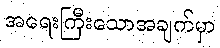
အရေးကြီးသောအချက်မှာ